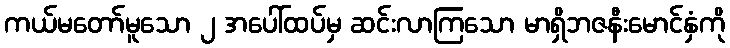
ကယ်မတော်မူသော ၂ အပေါ်ထပ်မှ ဆင်းလာကြသော မာရှိဘဇနီးမောင်နှံကို